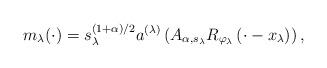
LaTeX: \begin{align*} m_\lambda (\cdot) = s_\lambda^{(1+\alpha)/2} a^{(\lambda)} \left(A_{\alpha,s_\lambda}R_{\varphi_\lambda}\left(\cdot - x_\lambda\right)\right), \end{align*}